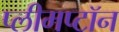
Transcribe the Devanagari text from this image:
प्लीमप्टॉन